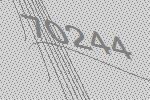
70244